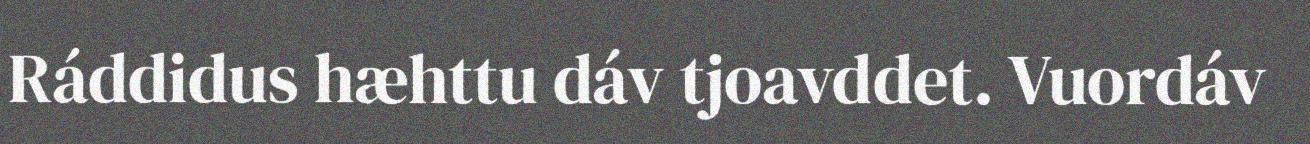
Ráddidus hæhttu dáv tjoavddet. Vuordáv